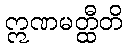
ဣဏမတ္ထီတိ